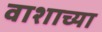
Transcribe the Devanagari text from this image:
वाशाच्या